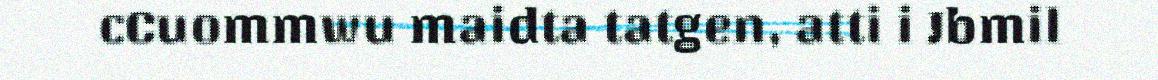
cCuommwu maidta tatgen, atti i Jbmil